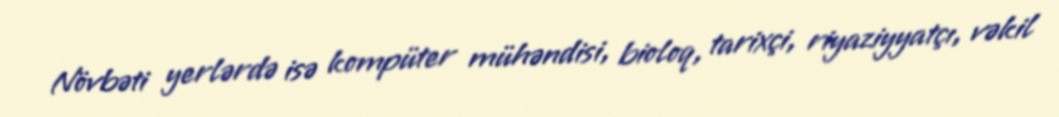
Növbəti yerlərdə isə kompüter mühəndisi, bioloq, tarixçi, riyaziyyatçı, vəkil